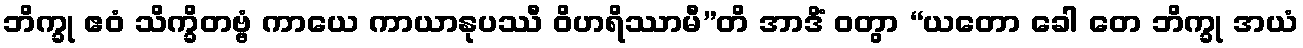
ဘိက္ခု ဧဝံ သိက္ခိတဗ္ဗံ ကာယေ ကာယာနုပဿီ ဝိဟရိဿာမီ”တိ အာဒိံ ဝတွာ “ယတော ခေါ တေ ဘိက္ခု အယံ